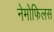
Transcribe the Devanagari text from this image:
नेमोफिलस